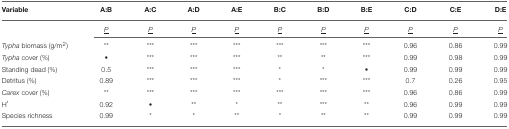
<table><thead><tr><td><b>Variable</b></td><td><b>A:B</b></td><td><b>A:C</b></td><td><b>A:D</b></td><td><b>A:E</b></td><td><b>B:C</b></td><td><b>B:D</b></td><td><b>B:E</b></td><td><b>C:D</b></td><td><b>C:E</b></td><td><b>D:E</b></td></tr></thead><tbody><tr><td>[EMPTY_CELL]</td><td><i><underline>P</underline></i></td><td><i><underline>P</underline></i></td><td><i><underline>P</underline></i></td><td><i><underline>P</underline></i></td><td><i><underline>P</underline></i></td><td><i><underline>P</underline></i></td><td><i><underline>P</underline></i></td><td><i><underline>P</underline></i></td><td><i><underline>P</underline></i></td><td><i><underline>P</underline></i></td></tr><tr><td><i>Typha</i> biomass (g/m<sup>2</sup>)</td><td><sup>**</sup></td><td><sup>***</sup></td><td><sup>***</sup></td><td><sup>***</sup></td><td><sup>***</sup></td><td><sup>***</sup></td><td><sup>***</sup></td><td>0.96</td><td>0.86</td><td>0.99</td></tr><tr><td><i>Typha</i> cover (%)</td><td>•</td><td><sup>***</sup></td><td><sup>***</sup></td><td><sup>***</sup></td><td><sup>**</sup></td><td><sup>**</sup></td><td><sup>***</sup></td><td>0.99</td><td>0.98</td><td>0.99</td></tr><tr><td>Standing dead (%)</td><td>0.5</td><td><sup>***</sup></td><td><sup>***</sup></td><td><sup>***</sup></td><td><sup>*</sup></td><td><sup>*</sup></td><td>•</td><td>0.99</td><td>0.99</td><td>0.99</td></tr><tr><td>Detritus (%)</td><td>0.89</td><td><sup>***</sup></td><td><sup>***</sup></td><td><sup>***</sup></td><td><sup>*</sup></td><td><sup>***</sup></td><td><sup>***</sup></td><td>0.7</td><td>0.26</td><td>0.95</td></tr><tr><td><i>Carex</i> cover (%)</td><td><sup>**</sup></td><td><sup>***</sup></td><td><sup>***</sup></td><td><sup>***</sup></td><td><sup>***</sup></td><td><sup>***</sup></td><td><sup>***</sup></td><td>0.96</td><td>0.86</td><td>0.99</td></tr><tr><td>H′</td><td>0.92</td><td>•</td><td><sup>**</sup></td><td><sup>*</sup></td><td><sup>**</sup></td><td><sup>***</sup></td><td><sup>**</sup></td><td>0.96</td><td>0.99</td><td>0.99</td></tr><tr><td>Species richness</td><td>0.99</td><td><sup>*</sup></td><td><sup>*</sup></td><td><sup>**</sup></td><td><sup>*</sup></td><td><sup>**</sup></td><td><sup>**</sup></td><td>0.99</td><td>0.99</td><td>0.99</td></tr></tbody></table>